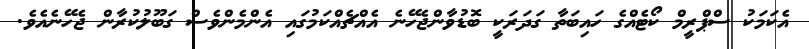
އެކަމަކު ސްޕްރީމް ކޯޓެއްގެ ހައިބަތާ ގަދަރަކީ ބޮޑުވާންޖެހޭނެ އެއްޗެއްކަމުގައި އެންމެންވެސް ގަބޫލުކުރާން ޖެހޭނެއެވެ.